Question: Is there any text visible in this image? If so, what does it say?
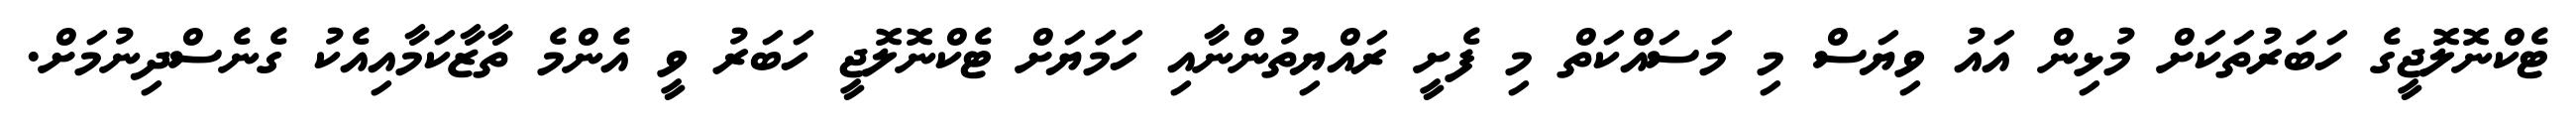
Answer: ޓެކްނޮލޮޖީގެ ހަބަރުތަކަށް މުޅިން އައު ވިޔަސް މި މަސައްކަތް މި ފެށީ ރައްޔިތުންނާއި ހަމަަޔަށް ޓެކްނޮލޮޖީ ހަބަރު ވީ އެންމެ ތާޒާކަމާއިއެކު ގެނެސްދިނުމަށް.